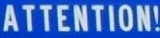
ATTENTION!